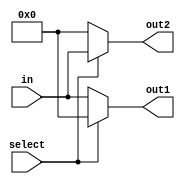
module DEMUX1to2_16(in,select,out1,out2);

parameter N = 16; // default width
input select;
input [N-1:0] in;
output reg [N-1:0] out1, out2;
always @(select or in) 
begin
 if (select == 1) out2 = in; else out2 = {N{1'b0}};
 if (select == 0) out1 = in; else out1 = {N{1'b0}};
end

endmodule